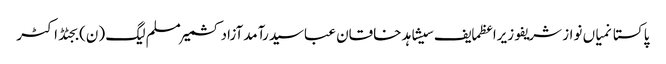
پاکستانمیاں نواز شریفوزیراعظمایف سیشاہد خاقان عباسیدرآمدآزاد کشمیرمسلم لیگ (ن)بجٹڈاکٹر